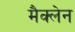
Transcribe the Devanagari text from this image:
मैक्‍लेन